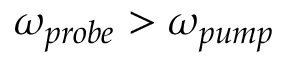
\omega _ { p r o b e } > \omega _ { p u m p }